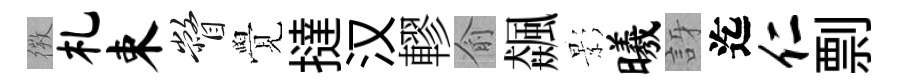
𢕄札束瞥覺撻汉轇俞飆影曦訝迄仁剽